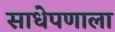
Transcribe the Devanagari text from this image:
साधेपणाला